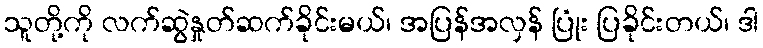
သူတို့ကို လက်ဆွဲနှုတ်ဆက်ခိုင်းမယ်၊ အပြန်အလှန် ပြုံး ပြခိုင်းတယ်၊ ဒါ